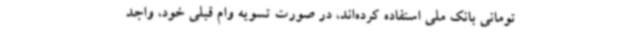
تومانی بانک ملی استفاده کرده‌اند، در صورت تسویه وام قبلی خود، واجد